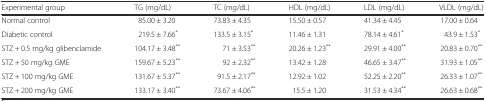
<table><thead><tr><td><b>Experimental group</b></td><td><b>TG (mg/dL)</b></td><td><b>TC (mg/dL)</b></td><td><b>HDL (mg/dL)</b></td><td><b>LDL (mg/dL)</b></td><td><b>VLDL (mg/dL)</b></td></tr></thead><tbody><tr><td>Normal control</td><td>85.00 ± 3.20</td><td>73.83 ± 4.35</td><td>15.50 ± 0.57</td><td>41.34 ± 4.45</td><td>17.00 ± 0.64</td></tr><tr><td>Diabetic control</td><td>219.5 ± 7.66<sup>*</sup></td><td>133.5 ± 3.15<sup>*</sup></td><td>11.46 ± 1.31</td><td>78.14 ± 4.61<sup>*</sup></td><td>43.9 ± 1.53<sup>*</sup></td></tr><tr><td>STZ + 0.5 mg/kg glibenclamide</td><td>104.17 ± 3.48<sup>**</sup></td><td>71 ± 3.53<sup>**</sup></td><td>20.26 ± 1.23<sup>**</sup></td><td>29.91 ± 4.00<sup>**</sup></td><td>20.83 ± 0.70<sup>**</sup></td></tr><tr><td>STZ + 50 mg/kg GME</td><td>159.67 ± 5.23<sup>**</sup></td><td>92 ± 2.32<sup>**</sup></td><td>13.42 ± 1.28</td><td>46.65 ± 3.47<sup>**</sup></td><td>31.93 ± 1.05<sup>**</sup></td></tr><tr><td>STZ + 100 mg/kg GME</td><td>131.67 ± 5.37<sup>**</sup></td><td>91.5 ± 2.17<sup>**</sup></td><td>12.92 ± 1.02</td><td>52.25 ± 2.20<sup>**</sup></td><td>26.33 ± 1.07<sup>**</sup></td></tr><tr><td>STZ + 200 mg/kg GME</td><td>133.17 ± 3.40<sup>**</sup></td><td>73.67 ± 4.06<sup>**</sup></td><td>15.5 ± 1.20</td><td>31.53 ± 4.34<sup>**</sup></td><td>26.63 ± 0.68<sup>**</sup></td></tr></tbody></table>